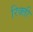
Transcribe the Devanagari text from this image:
रिक्ती